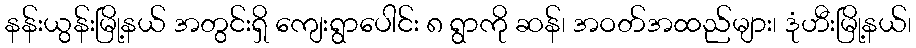
နန်းယွန်းမြို့နယ် အတွင်းရှိ ကျေးရွာပေါင်း ၈ ရွာကို ဆန်၊ အဝတ်အထည်များ၊ ဒုံဟီးမြို့နယ်၊